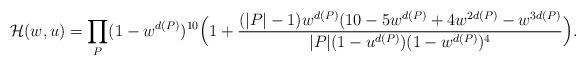
LaTeX: \begin{align*} \mathcal{H}(w,u) = \prod_P (1-w^{d(P)})^{10} \Big( 1+ \frac{(|P|-1)w^{d(P)} (10-5w^{d(P)}+4w^{2d(P)}-w^{3d(P)}}{|P|(1-u^{d(P)})(1-w^{d(P)})^4} \Big). \end{align*}